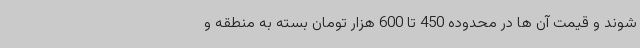
شوند و قیمت آن ها در محدوده 450 تا 600 هزار تومان بسته به منطقه و